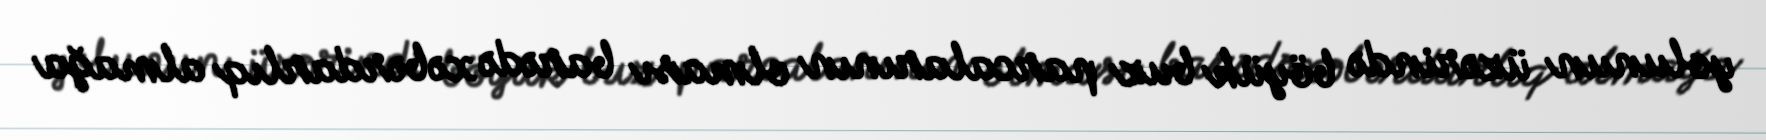
yolunun üzərində böyük buz parcalarının olması barədə xəbərdarlıq almağa